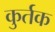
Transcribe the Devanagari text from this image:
कुर्तक